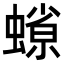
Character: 𧐑